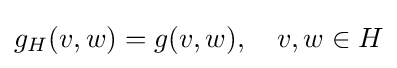
g_{H}(v,w)=g(v,w),\quad v,w\in H